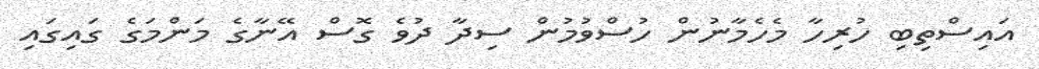
އައިސްތިބި ހުރިހާ މެހެމާނުން ހުސްވުމުން ސިދާ ދުވެ ގޮސް އޭނާގެ މަންމަގެ ގައިގައި